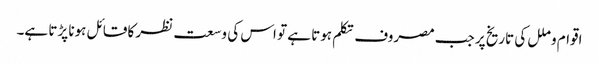
اقوام و ملل کی تاریخ پر جب مصروف تکلم ہوتا ہے تو اس کی وسعت نظر کا قائل ہونا پڑتا ہے۔